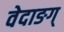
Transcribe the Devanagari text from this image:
वेदाङग्